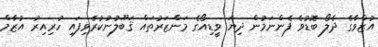
އުޒްވާގެ ދެލޯ ބޮޑުވެ ފެންނަމުން ދިޔަ ވީޑިއޯގެ މަންޒަރުތައް ޤަބޫލުނުކުރެވިފައި ހުރިއިރު އުޒާމް